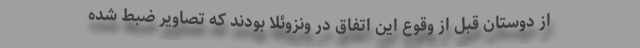
از دوستان قبل از وقوع این اتفاق در ونزوئلا بودند که تصاویر ضبط شده